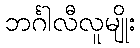
ဘင်္ဂါလီလူမျိုး